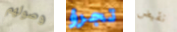
وصولهم تجرؤ نقيض